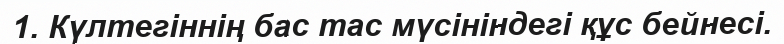
1. Күлтегіннің бас тас мүсініндегі құс бейнесі.